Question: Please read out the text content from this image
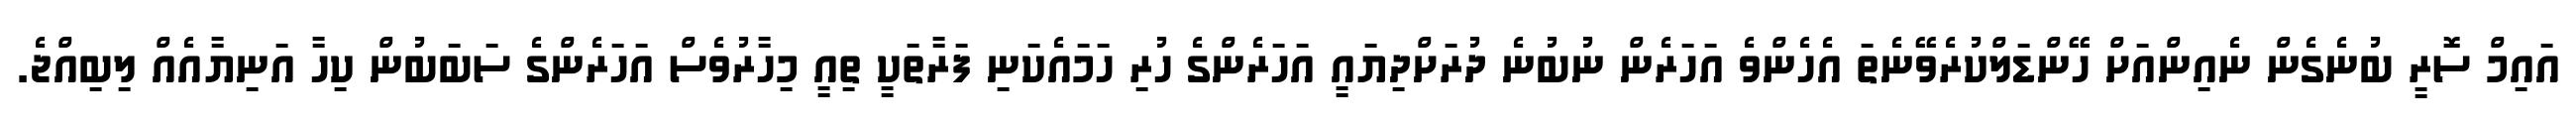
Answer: އައިމް ސޮރީ ބުނެގެން ނެއިންއަށް ހޭންޑަލްކުރެވޭނެތަ އެހެންވެ އަހަރެން ނުބުނެ ދުރަށްދިޔައީ އަހަރެންގެ ހުރި ހަމައެކަނި ފަރާތަކީ ތިއީ މިހާރުވެސް އަހަރެންގެ ސަބަބުން ކިހާ އަނިޔާއެއް ލިބިއްޖެ.